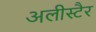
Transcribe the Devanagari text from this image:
अलीस्टैर